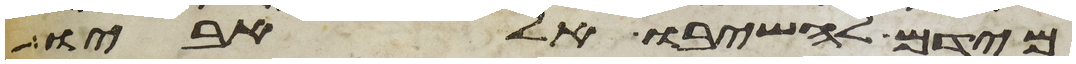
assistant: מידם להשיבו אל אביו